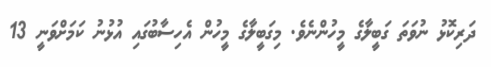
ދަރިކޮޅު ނުވަތަ ގަބީލާގެ މީހުންނެވެ. މިގަބީލާގެ މީހުން އެހިސާބުގައި އުޅުނު ކަމަށްވަނީ 13